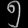
Digit: ၅